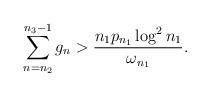
LaTeX: \begin{align*}\sum_{n=n_2}^{n_3-1} g_n > \frac {n_1 p_{n_1} \log^2 n_1} { \omega_{n_1} }.\end{align*}